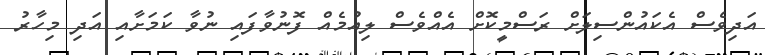
އަދިވެސް އެކައުންސިލަށް ރަސްމީކޮށް އެއްވެސް ލިއުމެއް ފޮނުވާފައި ނުވާ ކަމަށާއި އަދި މިހާރު